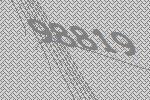
98819